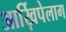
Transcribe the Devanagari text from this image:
आर्ख़िपेलाग